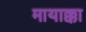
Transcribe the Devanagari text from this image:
मायाक्का